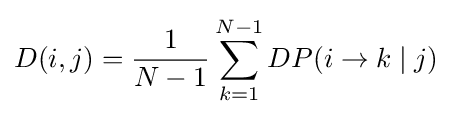
D(i,j)={\frac {1}{N-1}}\sum _{k=1}^{N-1}DP(i\rightarrow k\mid j)